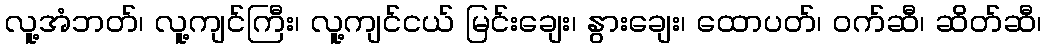
လူ့အံဘတ်၊ လူ့ကျင်ကြီး၊ လူ့ကျင်ငယ် မြင်းချေး၊ နွားချေး၊ ထောပတ်၊ ဝက်ဆီ၊ ဆိတ်ဆီ၊